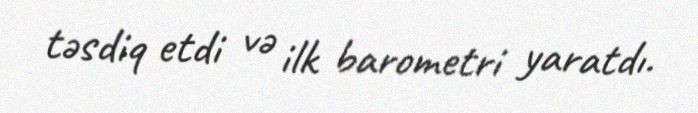
təsdiq etdi və ilk barometri yaratdı.